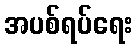
အပစ်ရပ်ရေး